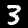
Digit: 3